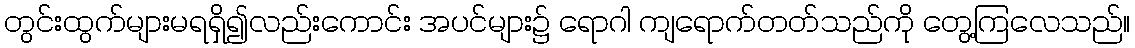
တွင်းထွက်များမရရှိ၍လည်းကောင်း အပင်များ၌ ရောဂါ ကျရောက်တတ်သည်ကို တွေ့ကြလေသည်။